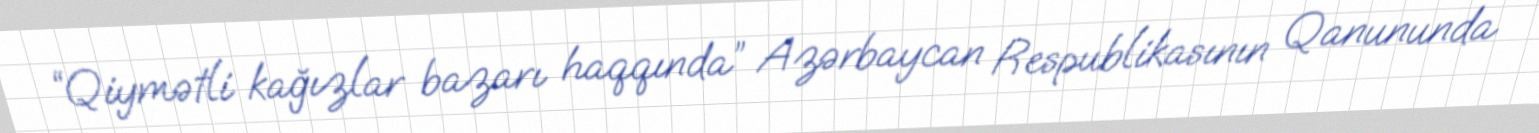
“Qiymətli kağızlar bazarı haqqında” Azərbaycan Respublikasının Qanununda